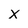
Character: X